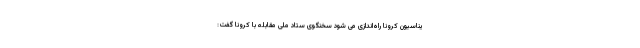
یناسیون کرونا راه‌اندازی می‌ شود سخنگوی ستاد ملی مقابله با کرونا گفت: